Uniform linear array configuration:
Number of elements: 64
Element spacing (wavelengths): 0.75
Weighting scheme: hamming
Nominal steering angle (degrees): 30
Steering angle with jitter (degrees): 28.308
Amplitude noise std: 0.05
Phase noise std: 0.05

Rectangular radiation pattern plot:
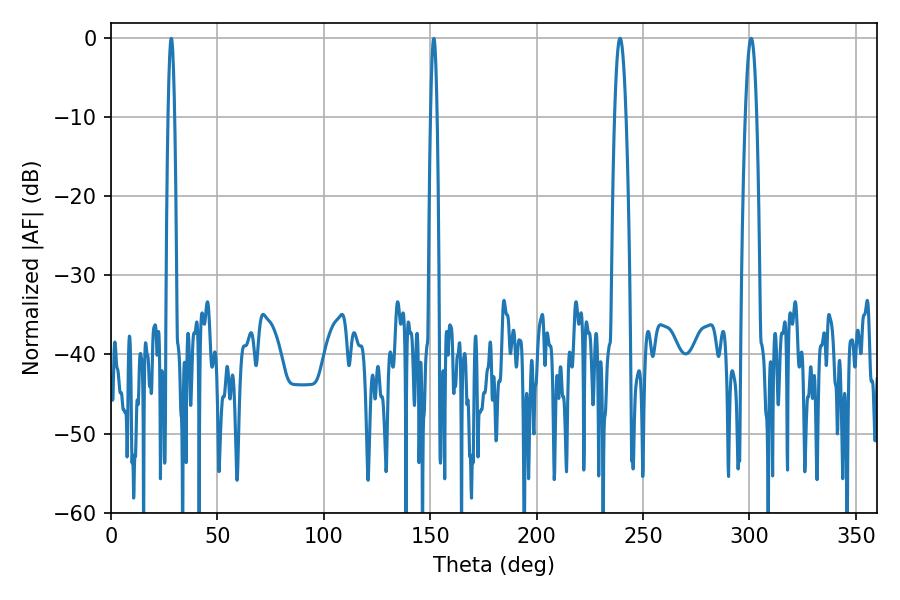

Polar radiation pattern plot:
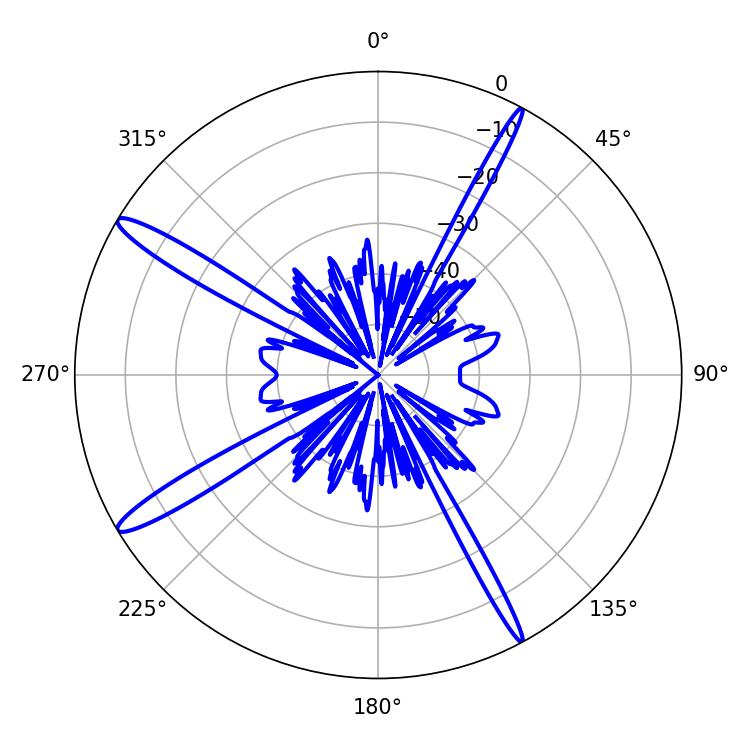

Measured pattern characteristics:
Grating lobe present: TRUE
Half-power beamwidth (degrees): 2.88
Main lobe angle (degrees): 300.78